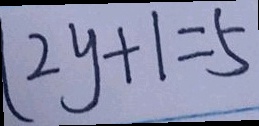
2 y + 1 = 5